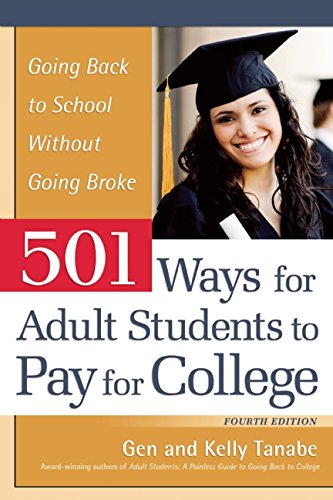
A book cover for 501 Ways for Adult Students to Pay for College: Going Back to School Without Going Broke; Gen Tanabe; Business & Money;